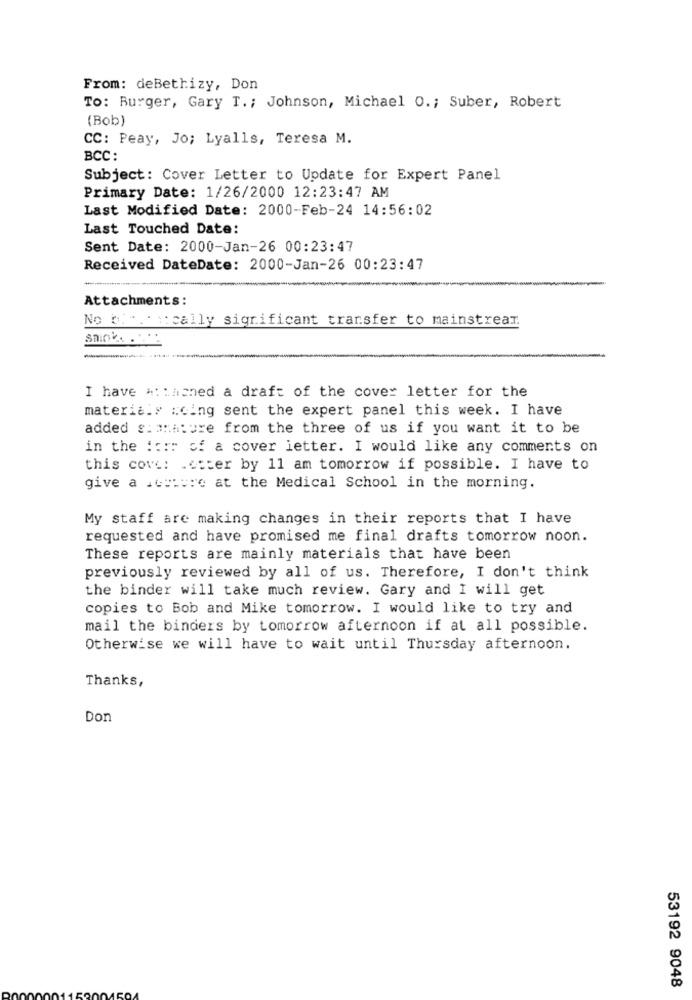
From: deBethizy, Don
To: Burger, Gary T .; Johnson, Michael O .; Suber, Robert
(Bob)
CC: Peay, Jo; Lyalls, Teresa M.
BCC:
Subject: Cover Letter to Update for Expert Panel
Primary Date: 1/26/2000 12:23:47 AM
Last Modified Date: 2000-Feb-24 14:56:02
Last Touched Date:
Sent Date: 2000-Jan-26 00:23:47
Received DateDate: 2000-Jan-26 00:23:47
Attachments:
No of " ically significant transfer to mainstream.
I have #: : haned a draft of the cover letter for the
materials :cing sent the expert panel this week. I have
added simmature from the three of us if you want it to be
in the # :: r of a cover letter. I would like any comments on
this cove: . etter by 11 am tomorrow if possible. I have to
give a .colore at the Medical School in the morning.
My staff are making changes in their reports that I have
requested and have promised me final drafts tomorrow noon.
These reports are mainly materials that have been
previously reviewed by all of us. Therefore, I don't think
the binder will take much review. Gary and I will get
copies to Bob and Mike tomorrow. I would like to try and
mail the binders by tomorrow afternoon if at all possible.
Otherwise we will have to wait until Thursday afternoon.
Thanks,
Don
53192 9048